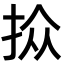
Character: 𪭮